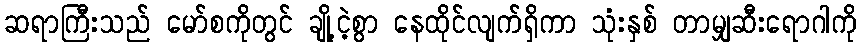
ဆရာကြီးသည် မော်စကိုတွင် ချို့ငဲ့စွာ နေထိုင်လျက်ရှိကာ သုံးနှစ် တာမျှဆီးရောဂါကို